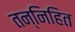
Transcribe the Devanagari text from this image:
तन्निहित